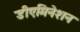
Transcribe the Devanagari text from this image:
डीएमिनेशन